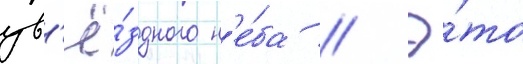
зв'ё́здного н'е́ба // Э́то